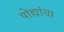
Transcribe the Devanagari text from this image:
पोह्यांचा